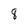
Character: 8